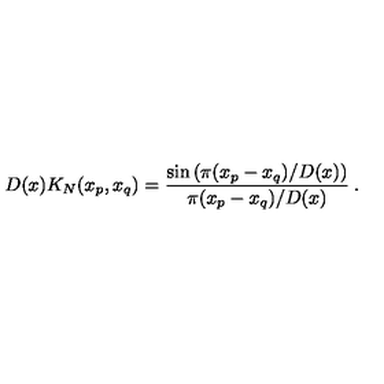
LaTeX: D ( x ) K _ { N } ( x _ { p } , x _ { q } ) = \frac { \sin \left( \pi ( x _ { p } - x _ { q } ) / D ( x ) \right) } { \pi ( x _ { p } - x _ { q } ) / D ( x ) } \: .